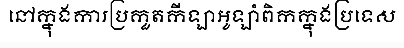
នៅក្នុងការប្រកួតកីឡាអូឡាំពិកក្នុងប្រទេស